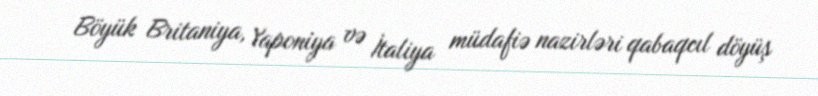
Böyük Britaniya, Yaponiya və İtaliya müdafiə nazirləri qabaqcıl döyüş